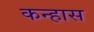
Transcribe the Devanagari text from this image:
कन्हास